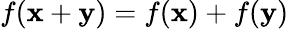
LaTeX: f(\mathbf{x}+\mathbf{y})=f(\mathbf{x})+f(\mathbf{y})